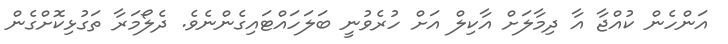
އަންހެން ކުއްޖާ އާ ދިމާލަށް އާކިލް އަށް ހުރެވުނީ ބަލަހައްޓައިގެންނެވެ. ދެލޯމަރާ ތަގުޅިކޮށްގެން